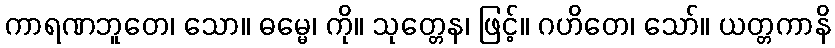
ကာရဏဘူတေ၊ သော။ ဓမ္မေ၊ ကို။ သုတ္တေန၊ ဖြင့်။ ဂဟိတေ၊ သော်။ ယတ္တကာနိ